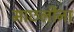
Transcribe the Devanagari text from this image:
माछलीना